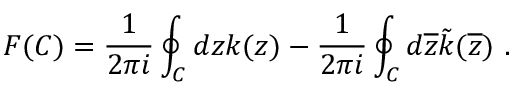
F ( C ) = \frac { 1 } { 2 \pi i } \oint _ { C } d z k ( z ) - \frac { 1 } { 2 \pi i } \oint _ { C } d \overline { { { z } } } \tilde { k } ( \overline { { { z } } } ) \ .